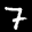
Label: 7